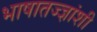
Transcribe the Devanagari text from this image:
भाषातज्ज्ञांशी